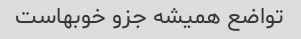
تواضع همیشه جزو خوبهاست